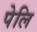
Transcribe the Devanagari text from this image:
पेलि